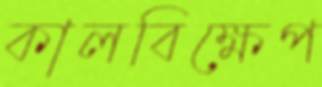
কালবিক্ষেপ